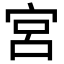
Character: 宮